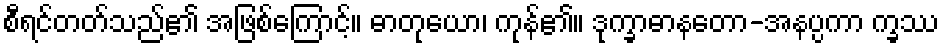
စီရင်တတ်သည်၏ အဖြစ်ကြောင့်။ ဓာတုယော၊ ကုန်၏။ ဒုက္ခာဓာနတော-အနပ္ပကာ က္ခဿ